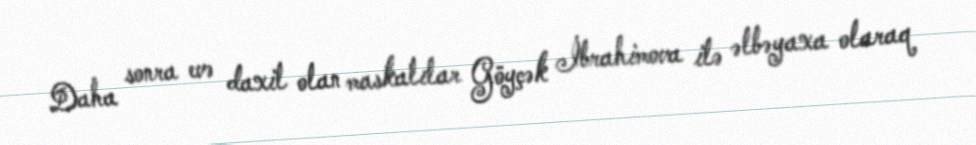
Daha sonra evə daxil olan maskalılar Göyçək İbrahimova ilə əlbəyaxa olaraq